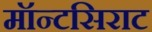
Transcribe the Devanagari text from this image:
मॉन्टसिराट